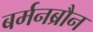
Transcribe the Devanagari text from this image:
बर्मनब्रौन